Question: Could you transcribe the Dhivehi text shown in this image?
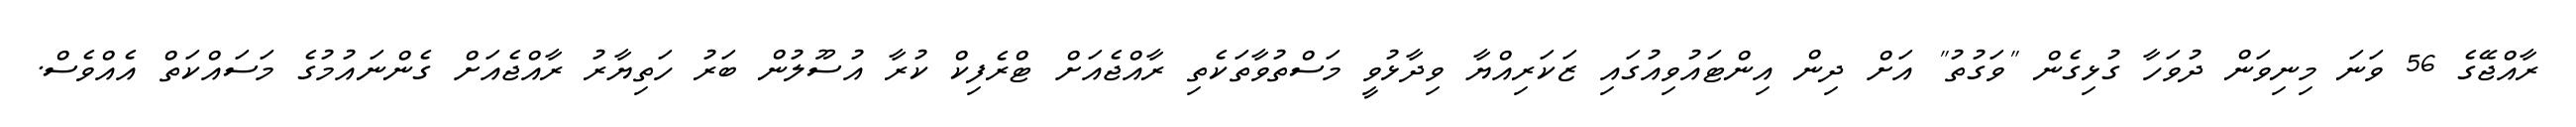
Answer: ރާއްޖޭގެ 56 ވަނަ މިނިވަން ދުވަހާ ގުޅިގެން "ވަގުތު" އަށް ދިން އިންޓައުވިއުގައި ޒަކަރިއްޔާ ވިދާޅުވީ މަސްތުވާތަކެތި ރާއްޖެއަށް ޓްރެފިކް ކުރާ އުސޫލުން ބަރު ހަތިޔާރު ރާއްޖެއަށް ގެންނައުމުގެ މަސައްކަތް އެއްވެސް.